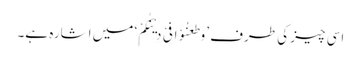
اسی چیز کی طرف ’وَطَعَنُوْا فِیْ دِیْنِکُمْ‘ میں اشارہ ہے۔